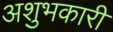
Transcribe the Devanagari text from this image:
अशुभकारी